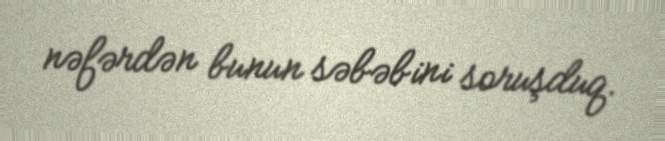
nəfərdən bunun səbəbini soruşduq.